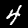
Digit: 4